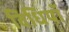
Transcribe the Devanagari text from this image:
विधियॉ